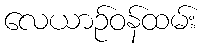
လေယာဉ်ဝန်ထမ်း